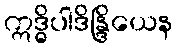
ဣဒ္ဓိပါဒိန္ဒြိယေန